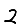
Digit: 2